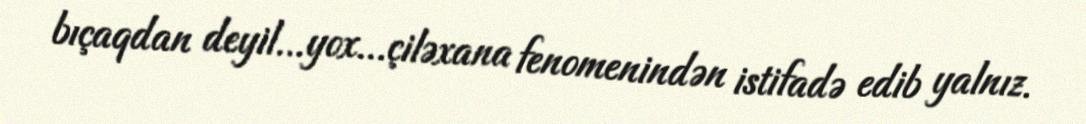
bıçaqdan deyil...yox...çiləxana fenomenindən istifadə edib yalnız.